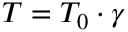
T = T _ { 0 } \cdot \gamma